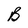
Character: B